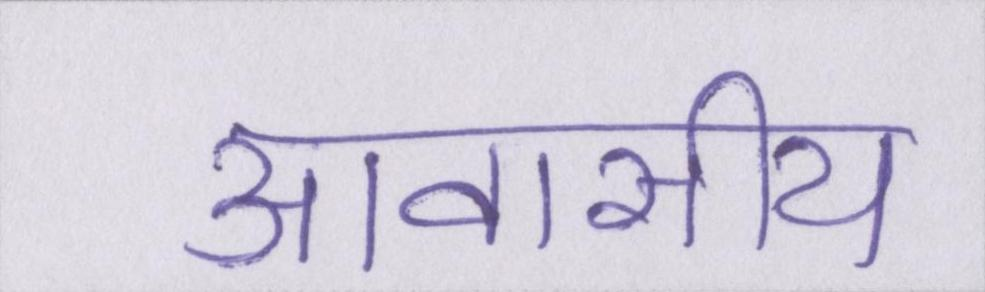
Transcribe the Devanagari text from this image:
आवासीय